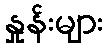
နှုန်းများ